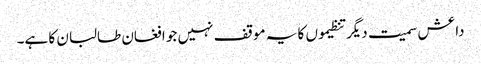
داعش سمیت دیگر تنظیموں کا یہ موقف نہیں جو افغان طالبان کا ہے۔